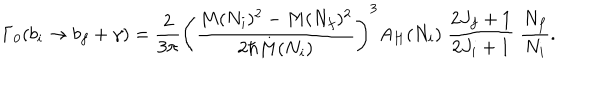
\Gamma _ { 0 } ( b _ { i } \to b _ { f } + \gamma ) = { \frac { 2 } { 3 \pi } } \left( { \frac { M ( N _ { i } ) ^ { 2 } - M ( N _ { f } ) ^ { 2 } } { 2 \hbar M ( N _ { i } ) } } \right) ^ { 3 } A _ { H } ( N _ { i } ) \; { \frac { 2 J _ { f } + 1 } { 2 J _ { i } + 1 } } \; { \frac { N _ { f } } { N _ { i } } } .